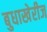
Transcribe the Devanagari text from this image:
बुधाखेरीज